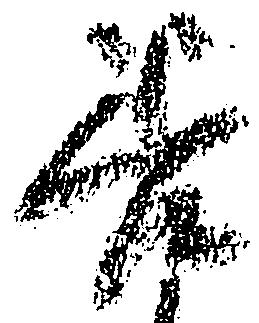
善